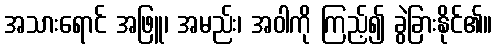
အသားရောင် အဖြူ၊ အမည်း၊ အဝါကို ကြည့်၍ ခွဲခြားနိုင်၏။